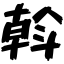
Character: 斡